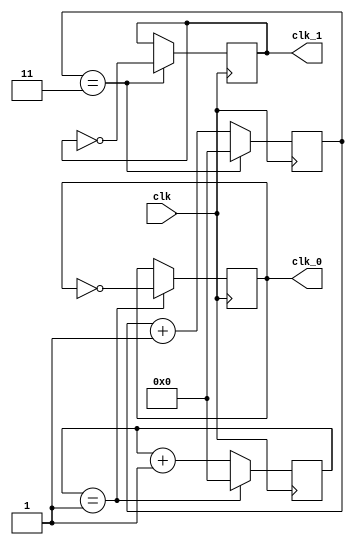
module multi_phase_clock_divider (
    input wire clk,
    output wire clk_0,
    output wire clk_1,
    // Add more output clock signals as needed
    // output wire clk_2,
    // output wire clk_3,
    // ...
    );

parameter DIVIDER_VALUE_0 = 2; // Define divider value for clk_0
parameter DIVIDER_VALUE_1 = 4; // Define divider value for clk_1
// Define divider values for additional output clocks as needed

reg [31:0] counter_0 = 0; // Counter for clk_0
reg [31:0] counter_1 = 0; // Counter for clk_1
// Add counters for additional output clocks as needed

always @ (posedge clk) begin
    counter_0 <= counter_0 + 1;
    if (counter_0 == DIVIDER_VALUE_0 - 1) begin
        counter_0 <= 0;
        clk_0 <= ~clk_0;
    end
    
    counter_1 <= counter_1 + 1;
    if (counter_1 == DIVIDER_VALUE_1 - 1) begin
        counter_1 <= 0;
        clk_1 <= ~clk_1;
    end
    // Update counters and output clocks for additional output clocks as needed
end

endmodule